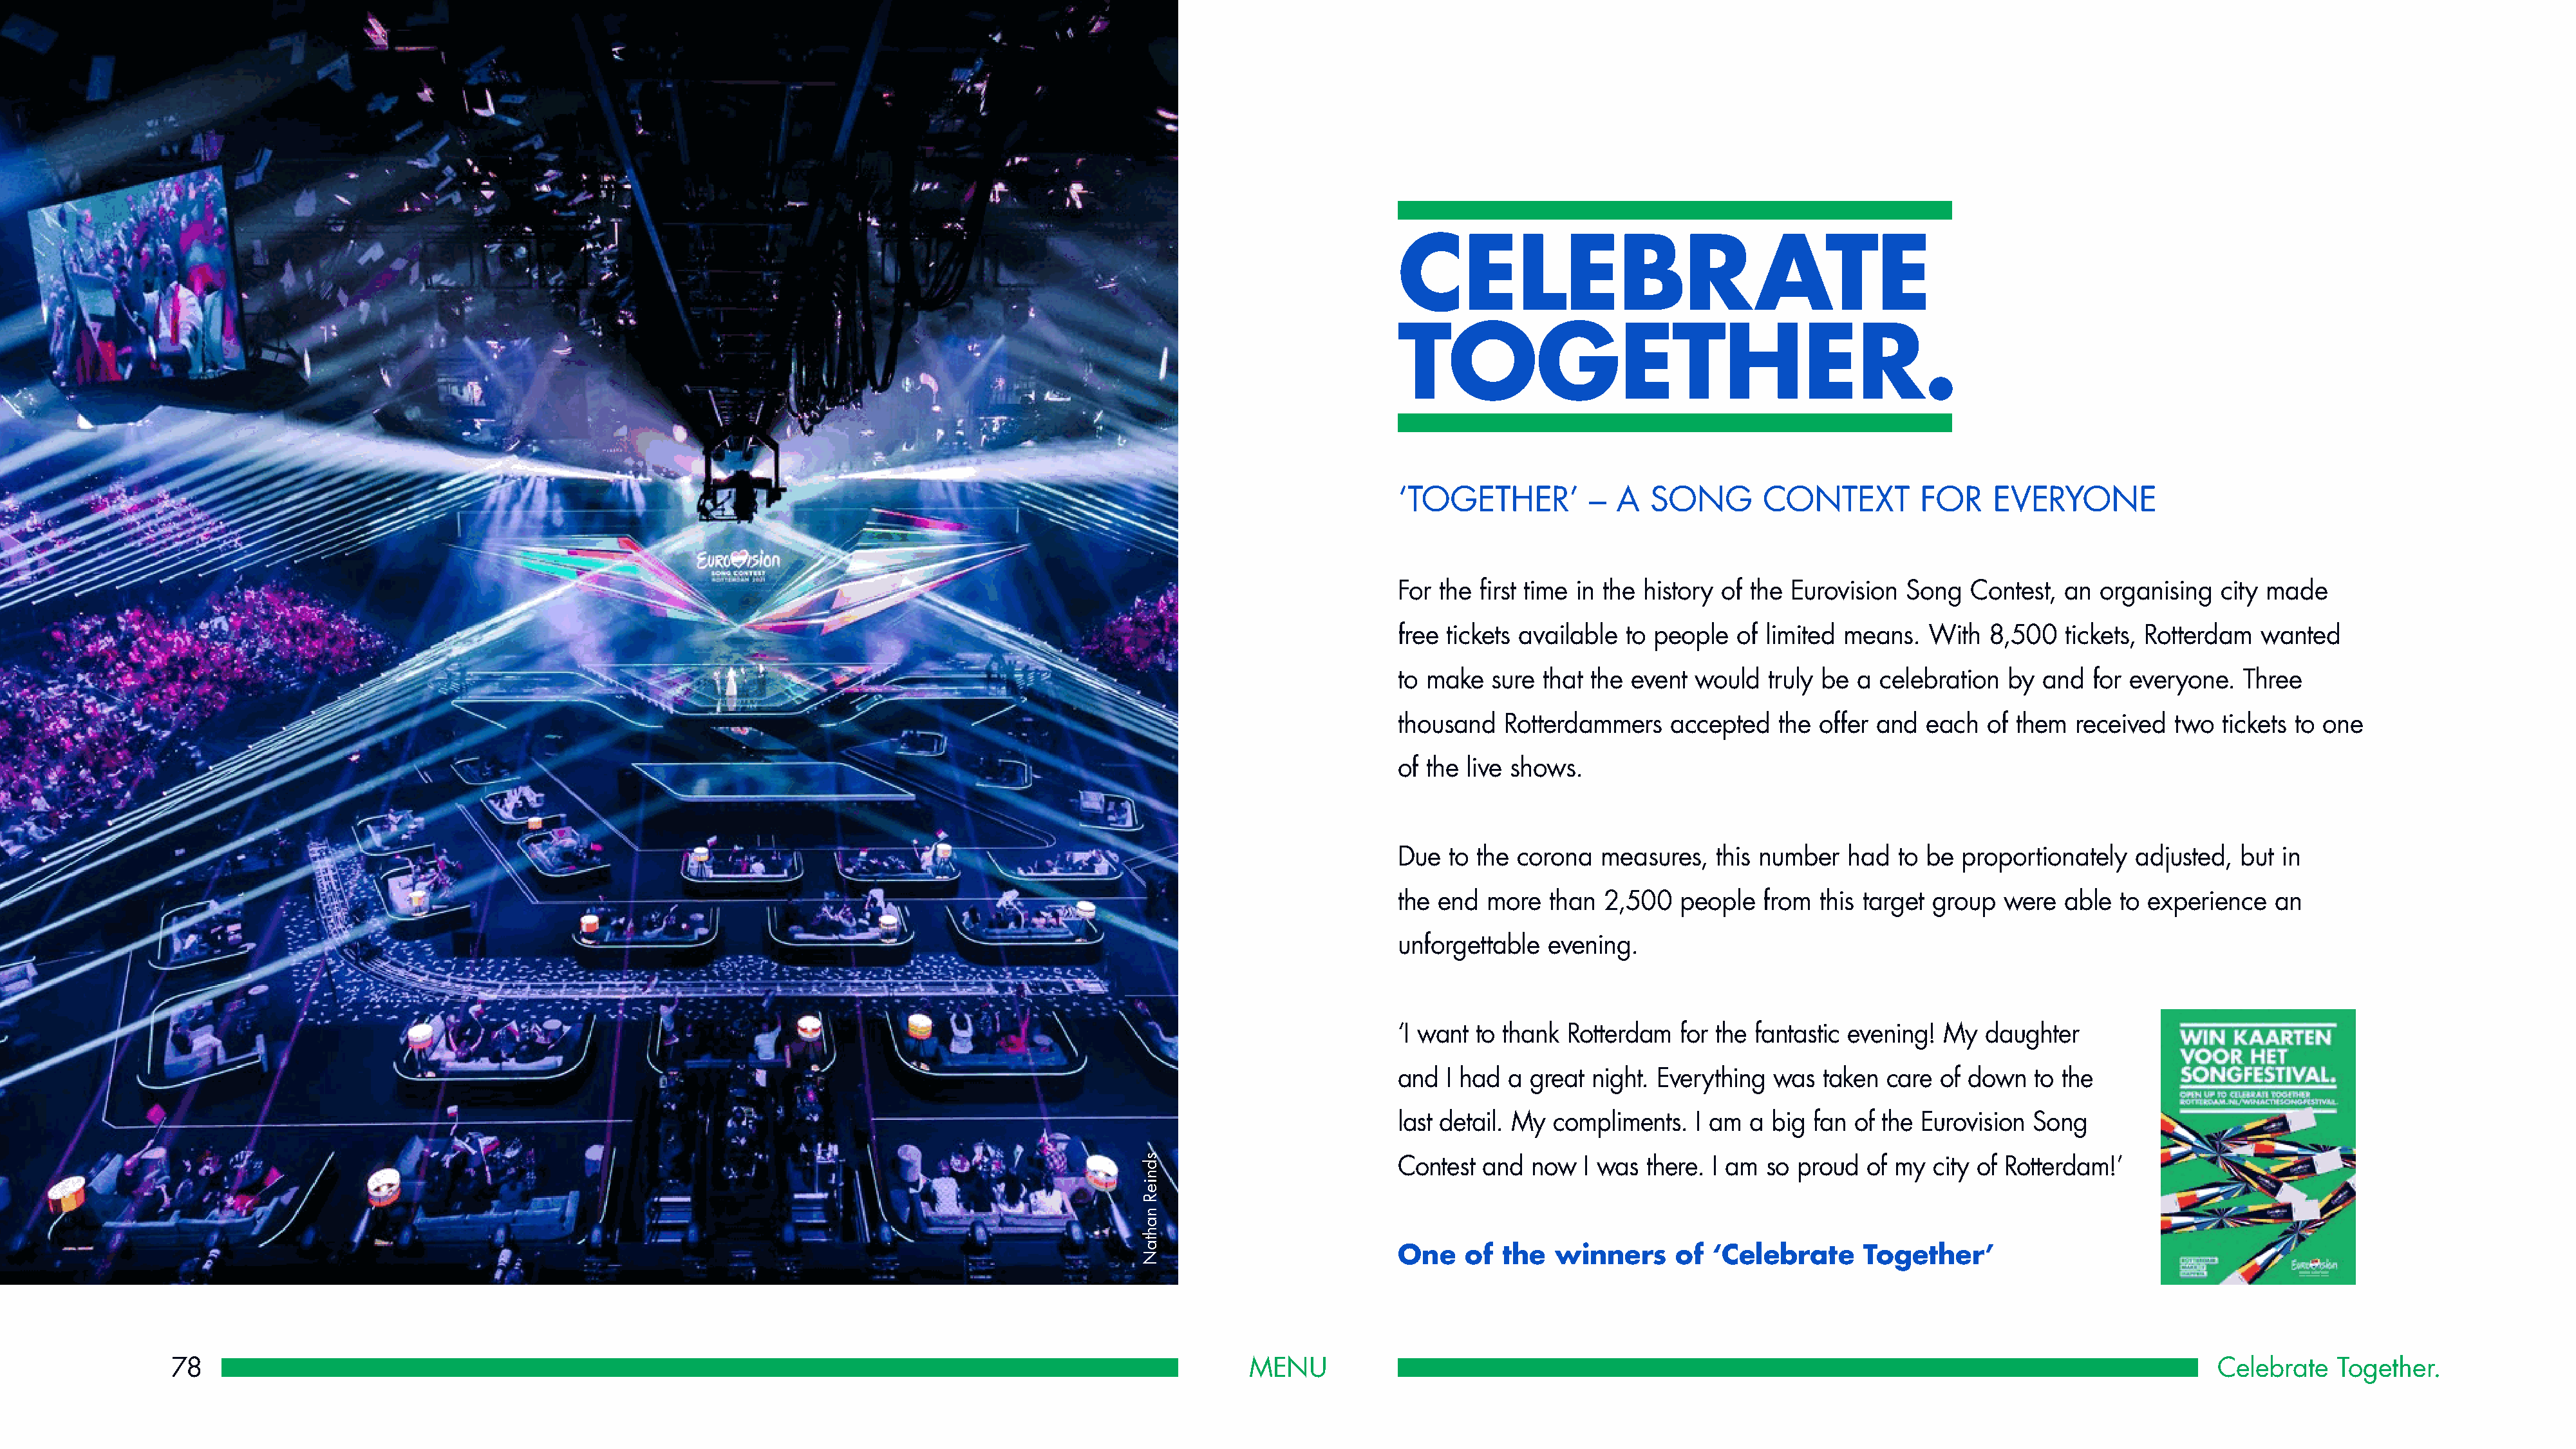
CELEBRATE
 TOGETHER.
 ‘TOGETHER’         –  A   SONG       CONTEXT         FOR     EVERYONE
 For the first time in the history of the Eurovision Song   Contest, an  organising  city made
 free tickets available to people   of limited means.  With   8,500  tickets, Rotterdam  wanted
 to make  sure  that the event would   truly be a celebration  by  and  for everyone.   Three
 thousand   Rotterdammers    accepted   the offer and  each  of them  received   two  tickets to one
 of the live shows.
 Due  to the corona   measures,  this number   had  to be  proportionately  adjusted,  but  in
 the end  more  than  2,500   people  from  this target group  were  able  to experience   an
 unforgettable  evening.
 ‘I want to thank Rotterdam   for the fantastic evening! My  daughter
 and  I had a great  night. Everything was  taken  care of down   to the
 last detail. My compliments.  I am  a big fan  of the Eurovision Song
 Contest and  now   I was there. I am  so proud  of my  city of Rotterdam!’
 One    of the   winners     of  ‘Celebrate      Together’
 78                                                                                                            MENU                                                                                                Celebrate   Together.
 sdnieR
 nahtaN